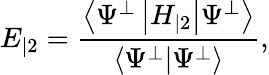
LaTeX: E_{|2}=\frac{\left\langle\Psi^{\perp}\left|H_{|2}\right|\Psi^{\perp}\right\rangle}{\left\langle\Psi^{\perp}|\Psi^{\perp}\right\rangle},